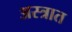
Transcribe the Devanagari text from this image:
अस्त्रात